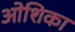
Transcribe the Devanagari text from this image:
ओशिका